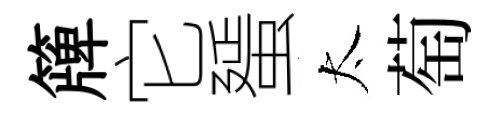
簰它蜑太萄